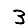
Digit: 3